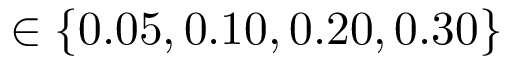
\in \{ 0 . 0 5 , 0 . 1 0 , 0 . 2 0 , 0 . 3 0 \}